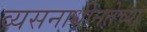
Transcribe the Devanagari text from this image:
व्यसनाधीनतेच्या